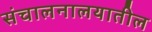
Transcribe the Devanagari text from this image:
संचालनालयातील